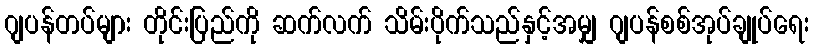
ဂျပန်တပ်များ တိုင်းပြည်ကို ဆက်လက် သိမ်းပိုက်သည်နှင့်အမျှ ဂျပန်စစ်အုပ်ချုပ်ရေး